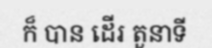
ក៏ បាន ដើរ តួនាទី